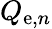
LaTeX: Q_{\mathrm{e},n}